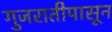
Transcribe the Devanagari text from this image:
गुजरातीपासून